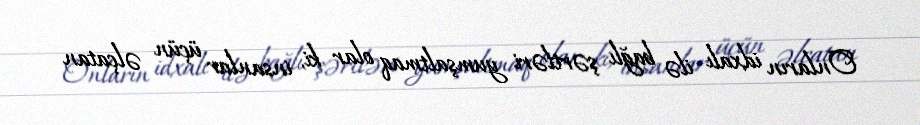
Onların idxalı ilə bağlı şərtləri yumşaltmaq olar ki, insanlar üçün əlçatan